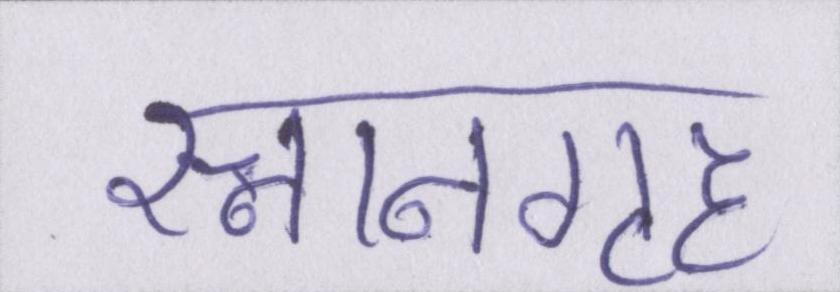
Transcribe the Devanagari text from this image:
स्नानगृह